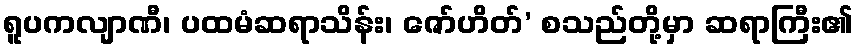
ရူပကလျာဏီ၊ ပထမံဆရာသိန်း၊ ဇော်ဟိတ်’ စသည်တို့မှာ ဆရာကြီး၏